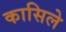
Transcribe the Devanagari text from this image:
कासिले